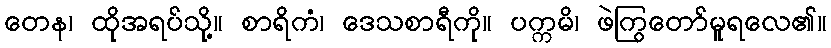
တေန၊ ထိုအရပ်သို့။ စာရိကံ၊ ဒေသစာရီကို။ ပက္ကမိ၊ ဖဲကြွတော်မူရလေ၏။